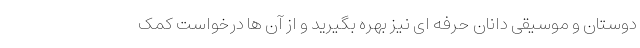
دوستان و موسیقی دانان حرفه ای نیز بهره بگیرید و از آن ها درخواست کمک